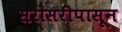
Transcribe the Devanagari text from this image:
सरासरीपासून